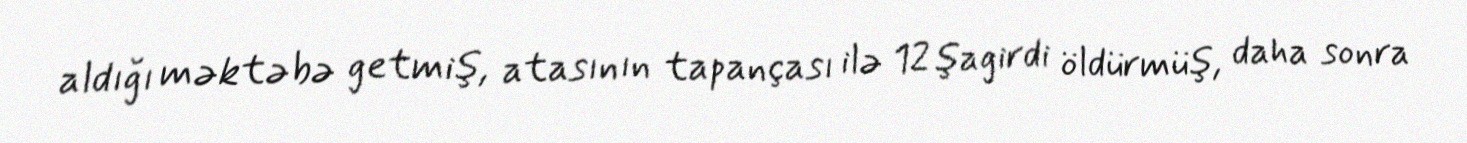
aldığı məktəbə getmiş, atasının tapançası ilə 12 şagirdi öldürmüş, daha sonra